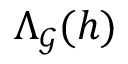
\boldsymbol { \Lambda } _ { \boldsymbol { \mathcal { G } } } ( h )